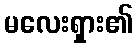
မလေးရှား၏